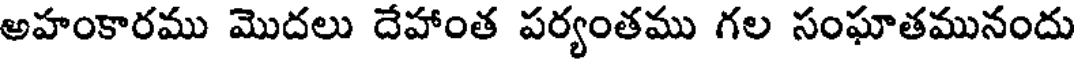
అహంకారము మొదలు దేహాంత పర్యంతము గల సంఘాతమునందు